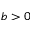
b > 0